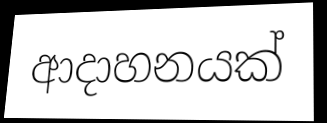
ආදාහනයක්